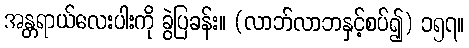
အန္တရာယ်လေးပါးကို ခွဲပြခန်း။ (လာဘ်လာဘနှင့်စပ်၍) ၁၅၇။